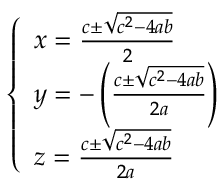
\left\{ \begin{array} { l l } { x = { \frac { c \pm { \sqrt { c ^ { 2 } - 4 a b } } } { 2 } } } \\ { y = - \left( { \frac { c \pm { \sqrt { c ^ { 2 } - 4 a b } } } { 2 a } } \right) } \\ { z = { \frac { c \pm { \sqrt { c ^ { 2 } - 4 a b } } } { 2 a } } } \end{array} \right.